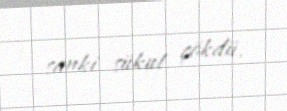
sanki sükut çökdü.